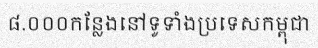
៨.០០០កន្លែងនៅទូទាំងប្រទេសកម្ពុជា